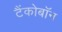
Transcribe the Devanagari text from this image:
टैंकोबाॅन